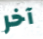
آخر